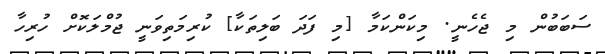
ސަބަބުން މި ޖެހެނީ. މިކަންކަމާ [މި ފަދަ ބަލިތަކާ] ކުރިމަތިވަނީ ޖުމްލަކޮށް ހުރިހާ